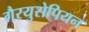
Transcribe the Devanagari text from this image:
गैरयुरोपियन